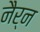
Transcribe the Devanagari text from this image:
नैर्न